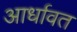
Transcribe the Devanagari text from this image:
आर्धावत